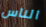
الناس